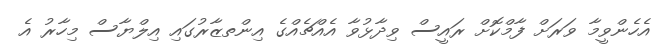
އެހެންވީމާ ވަރަށް ފާމްކޮށް ރައީސް ވިދާޅުވާ އެއްޗެއްގެ އިންތޒާރުގައި އިލްޔާސް މިހާރު އެ